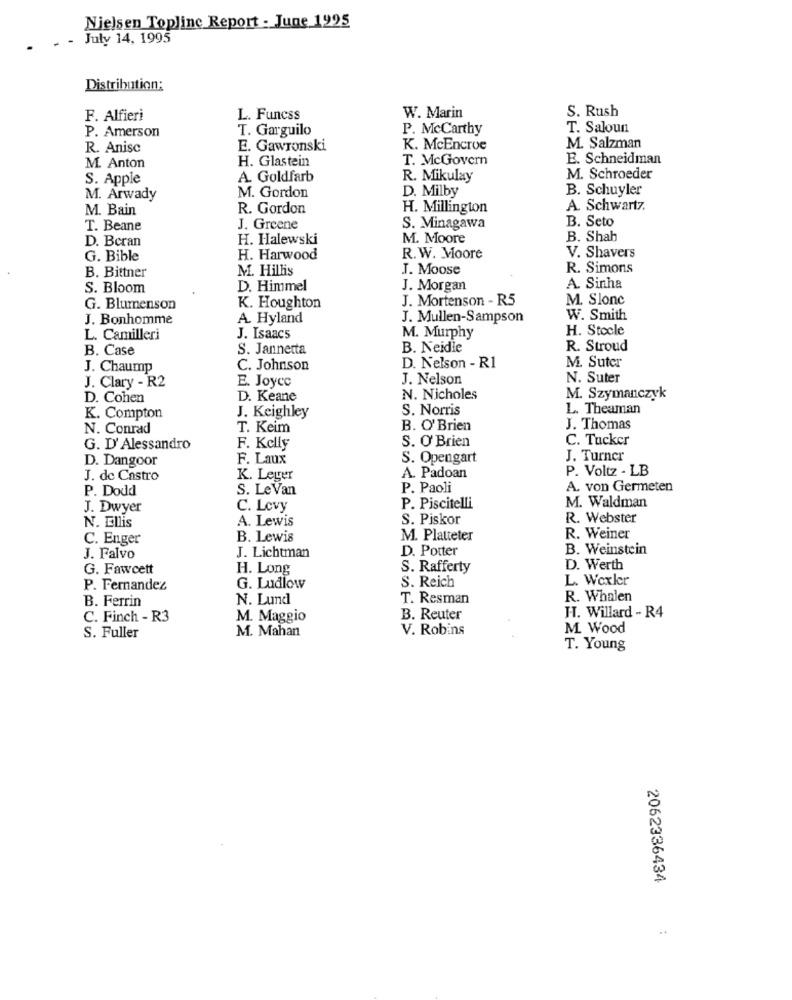
Nielsen Topline Report - June 1995
- July 14, 1995
Distribution:
S. Rush
F. Alfieri
L. Funcss
W. Marin
P. Amerson
T. Garguilo
P. McCarthy
T. Saloun
R. Anisc
E. Gawronski
K. McEncroe
M. Salzman
M. Anton
H. Glastein
T. McGovern
E. Schneidman
S. Apple
A. Goldfarb
R. Mikulay
M. Schroeder
D. Milby
B. Schuyler
M. Arwady
M. Gordon
M. Bain
R. Gordon
H. Millington
A. Schwartz.
B. Seto
T. Beane
J. Greene
S. Minagawa
D. Beran
H. Halewski
M. Moore
B. Shab
G. Bible
H. Harwood
R. W. Moore
V. Shavers
B. Bittner
M. Hillis
J. Moose
R. Simons
A. Sinha
S. Bloom
D. Himmel
J. Morgan
J. Mortenson - R5
M. Slonc
G. Blumenson
K. Houghton
J. Bonhomme
A. Hyland
J. Mullen-Sampson
W. Smith
H. Stocle
L. Camilleri
J. Isaacs
M. Murphy
B. Case
S. Jannetta
B. Neidle
R. Stroud
J. Chaump
C. Johnson
D. Nelson - R1
M. Suter
E. Joyce
J. Nelson
N. Suter
J. Clary - R2
D. Cohen
D. Keane
N. Nicholes
M. Szymanczyk
S. Norris
L. Theaman
K. Compton
J. Keighley
N. Conrad
T. Keim
B. O'Brien
J. Thomas
C. Tucker
G. D' Alessandro
F. Kelly
S. O' Brien
D. Dangoor
F. Laux
S. Opengart
J. Turner
P. Voltz - LB
J. de Castro
K. Leger
A. Padoan
P. Dodd
S. Le Van
P. Paoli
A. von Germeten
M. Waldman
J. Dwyer
C. Levy
P. Piscitelli
A. Lewis
S. Piskor
R. Webster
N. Ellis
C. Enger
B. Lewis
M. Platteter
R. Weiner
D. Potter
B. Weinstein
J. Falvo
J. Lichtman
G. Fawcett
H. Long
S. Rafferty
D. Werth
S. Reich
L. Wexler
P. Fernandez
G. Ludlow
B. Ferrin
N. Lund
T. Resman
R. Whalen
C. Finch - R3
M. Maggio
B. Reuter
HT. Willard - R4
M. Mahan
V. Robins
M. Wood
S. Fuller
T. Young
2062336434
...